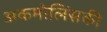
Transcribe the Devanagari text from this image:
अकमोलिंसकी